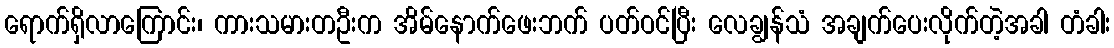
ရောက်ရှိလာကြောင်း၊ ကားသမားတဦးက အိမ်နောက်ဖေးဘက် ပတ်ဝင်ပြီး လေချွန်သံ အချက်ပေးလိုက်တဲ့အခါ တံခါး